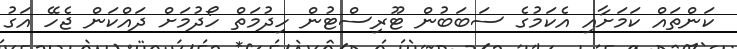
ކަންތައް ކަމަށާއި އެކަމުގެ ސަބަބުން ޓޫރިސްޓުން ހިދުމަތް ހޯދުމަށް ދައްކަން ޖެހޭ އަގު